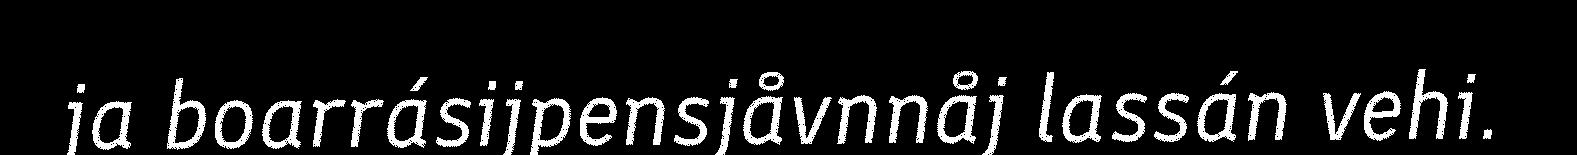
ja boarrásijpensjåvnnåj lassán vehi.